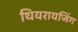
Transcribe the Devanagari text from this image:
थियरायजिंग